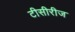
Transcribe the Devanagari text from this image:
टीसीरीज